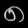
Digit: ၈